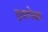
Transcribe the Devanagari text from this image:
द्रवापेक्षा